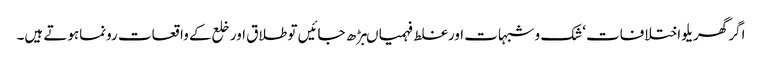
اگر گھریلو اختلافات‘شک وشبہات اورغلط فہمیاںبڑھ جائیں تو طلاق اور خلع کے واقعات رونماہوتے ہیں۔